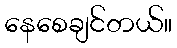
နေစေချင်တယ်။